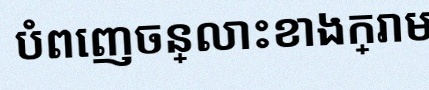
បំពេញចន្លោះខាងក្រោម